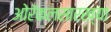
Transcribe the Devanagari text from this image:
ओरॅकलसारख्या